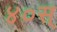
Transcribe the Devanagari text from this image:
४०स्